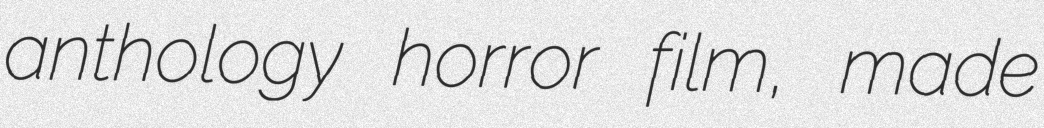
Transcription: anthology horror film, made